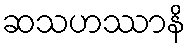
ဆသဟဿာနိ